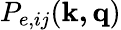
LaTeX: P_{e,ij}(\mathbf{k,q})